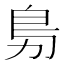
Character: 𭄩